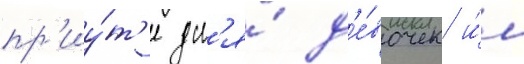
пр'иу́т'е дл'я́ д'е́вочек и́м